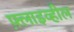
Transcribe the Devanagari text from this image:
फ़्लाइव्हील